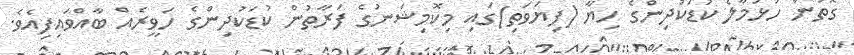
ގޮތުން ހުޅުމާލެ ކުޑަކުދިންގެ ހިޔާ (ފިޔަވަތި)ގައި މިކޮމިޝަނުގެ ފަރާތުން ކުޑަކުދިންގެ ހަވީރެއް ބާއްވައިފިއެވެ.